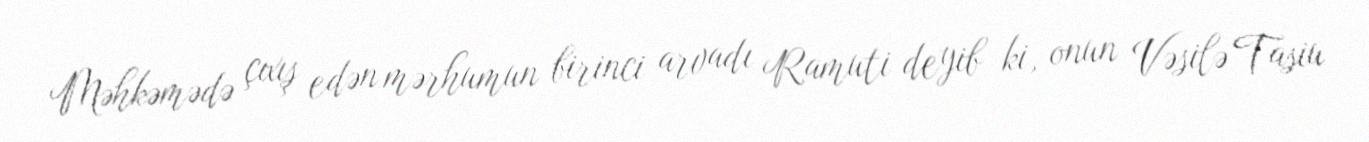
Məhkəmədə çıxış edən mərhumun birinci arvadı Ramuti deyib ki, onun Vəsilə Tasiu